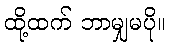
ထို့ထက် ဘာမျှမပို။